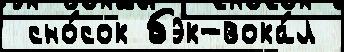
 сно́сок бэк-вока́л